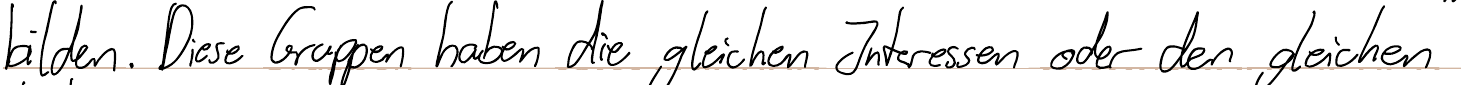
bilden. Diese Gruppen haben die gleichen Interessen oder den gleichen